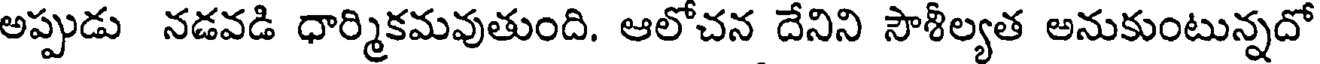
అప్పుడు నడవడి ధార్మికమవుతుంది. ఆలోచన దేనిని సౌశీల్యత అనుకుంటున్నదో